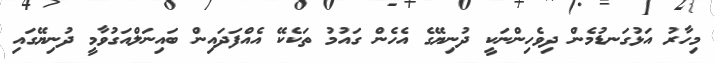
މިހާރު އަޅުގަނޑުމެން ދިވެހިންނަކީ ދުނިޔޭގެ އެހެން ގައުމު ތަކެކޭ އެއްފަދައިން ބައިނަލްއަގުވާމީ ދުނިޔޭގައި